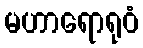
မဟာရောရုဝံ